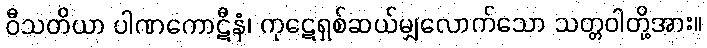
ဝီသတိယာ ပါဏကောဋီနံ၊ ကုဋေရှစ်ဆယ်မျှလောက်သော သတ္တဝါတို့အား။